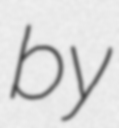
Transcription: by